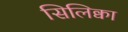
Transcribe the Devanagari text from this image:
सिलिक्वा